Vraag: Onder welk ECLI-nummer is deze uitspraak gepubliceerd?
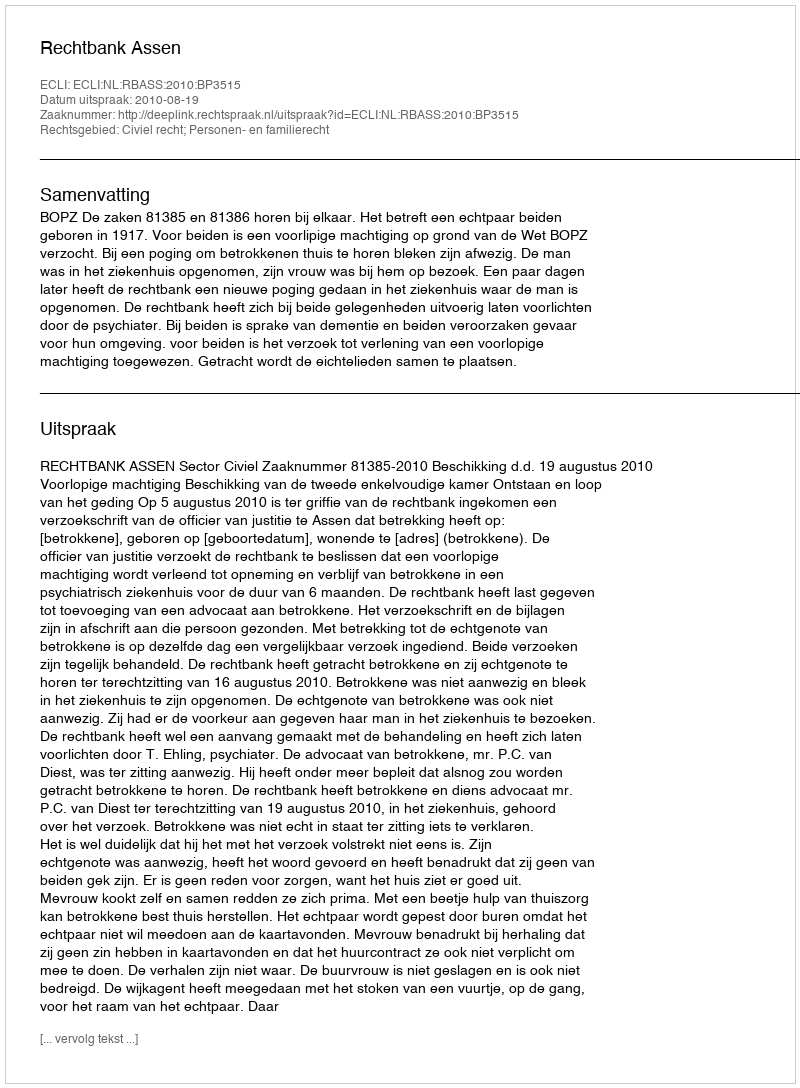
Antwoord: ECLI:NL:RBASS:2010:BP3515